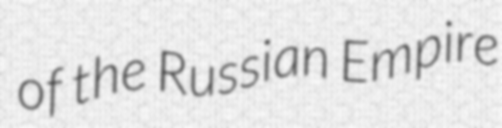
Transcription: of the Russian Empire